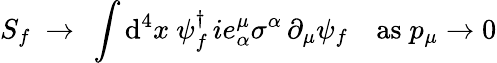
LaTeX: S_{f}~\rightarrow~\int\mathrm{d}^{4}x~\psi_{f}^{\dagger}\, ie_{\alpha}^{\mu}\sigma^{\alpha}\, \partial_{\mu}\psi_{f}\quad\mathrm{{as}}\; p_{\mu}\rightarrow0